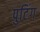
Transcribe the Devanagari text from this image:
पुटिंग